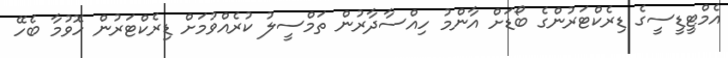
އެމްޓީޑީސީގެ ޑިރެކްޓަރުންގެ ބޯޑަށް އާންމު ހިއްސާދާރުން ތަމްސީލު ކުރެއްވުމަށް ޑިރެކްޓަރުން ހޮވުމާ ބެހޭ